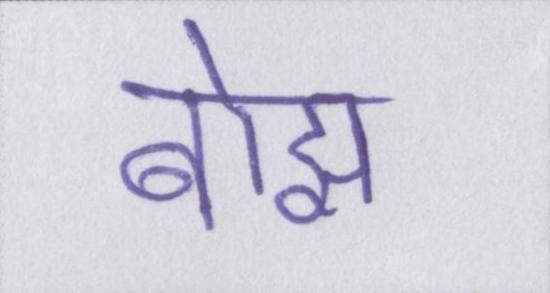
बोझ